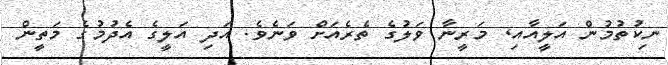
ނިކުތުމުން އަލީއާއި